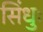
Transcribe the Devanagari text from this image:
सिंधुः